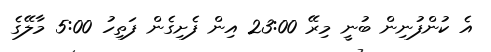
އެ ކުންފުނިން ބުނީ މިރޭ 23:00 އިން ފެށިގެން ފަތިހު 5:00 މާލޭގެ